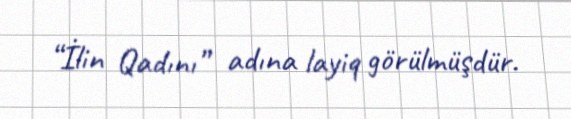
“İlin Qadını” adına layiq görülmüşdür.